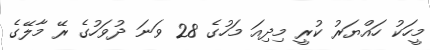
މީހަކު ހައްޔަރު ކުރީ މިދިއަ މަހުގެ 28 ވަނަ ދުވަހުގެ ރޭ މާލޭގެ